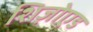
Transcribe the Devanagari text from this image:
शिज़ोएड